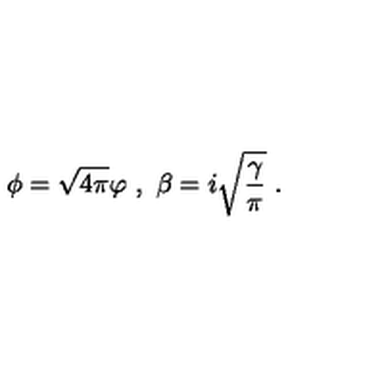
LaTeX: \phi = \sqrt { 4 \pi } \varphi \ , \ \beta = i \sqrt { \frac { \gamma } { \pi } } \ .